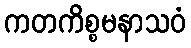
ကတကိစ္စမနာသဝံ